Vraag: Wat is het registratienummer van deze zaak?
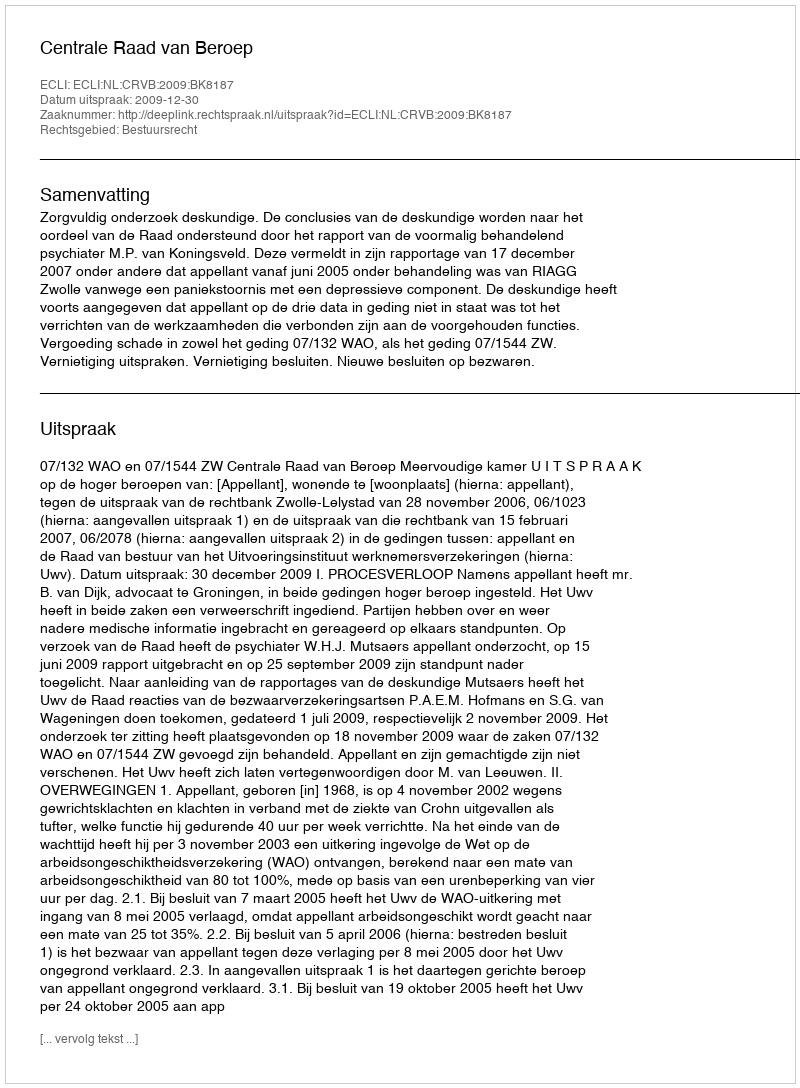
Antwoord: http://deeplink.rechtspraak.nl/uitspraak?id=ECLI:NL:CRVB:2009:BK8187